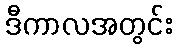
ဒီကာလအတွင်း